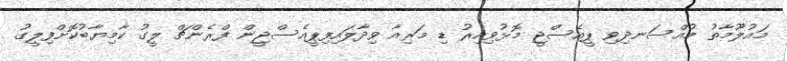
މައުލޫމާތު މުއްސަނދިވި ޕީއެސްޖީ މޮޅުވިއިރު ޑި މަރިއާ ވިދާލައިފިޕީއެސްޖީން ފްރެންޗް ލީގު ކާމިޔާބުކޮށްފިލީގު